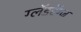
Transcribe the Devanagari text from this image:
ग्लॅडरॅग्ज